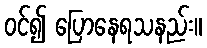
ဝင်၍ ပြောနေရသနည်း။